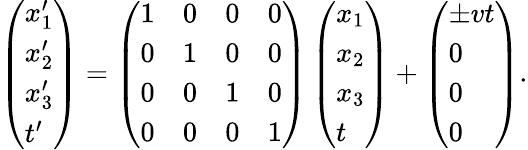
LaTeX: \begin{array}{r}{\left(\begin{array}{l}{x_{1}^{\prime}}\\ {x_{2}^{\prime}}\\ {x_{3}^{\prime}}\\ {t^{\prime}}\end{array}\right)=\left(\begin{array}{llll}{1}&{0}&{0}&{0}\\ {0}&{1}&{0}&{0}\\ {0}&{0}&{1}&{0}\\ {0}&{0}&{0}&{1}\end{array}\right)\left(\begin{array}{l}{x_{1}}\\ {x_{2}}\\ {x_{3}}\\ {t}\end{array}\right)+\left(\begin{array}{l}{\pm vt}\\ {0}\\ {0}\\ {0}\end{array}\right).}\end{array}